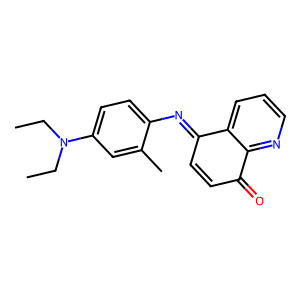
SMILES: CCN(CC)c1ccc(N=C2C=CC(=O)c3ncccc32)c(C)c1
Inhibits HIV replication: No